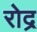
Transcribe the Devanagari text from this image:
रोद्र